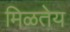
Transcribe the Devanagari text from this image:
मिळतेय